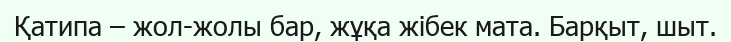
Қатипа – жол-жолы бар, жұқа жібек мата. Барқыт, шыт.